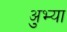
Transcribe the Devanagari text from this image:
अुभ्या